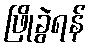
ဖြိုခွဲရန်